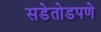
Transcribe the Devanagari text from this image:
सडेतोडपणे